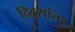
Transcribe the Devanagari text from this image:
दिवसांतर